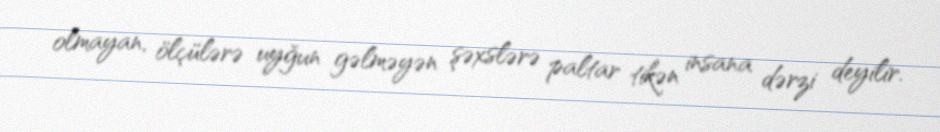
olmayan, ölçülərə uyğun gəlməyən şəxslərə paltar tikən insana dərzi deyilir.